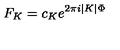
{ F _ { K } = c _ { K } e ^ { 2 \pi i | K | \Phi } }